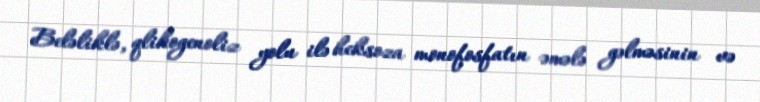
Beləliklə, qlikogenoliz yolu ilə heksoza monofosfatın əmələ gəlməsinin və